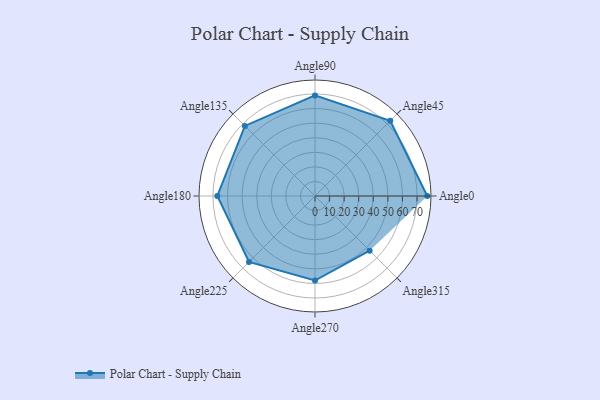
{"axis": {"x": "Angle", "y": "Radius"}, "legend": [""], "data": [{"x": "Angle0", "y": 77.0, "type": ""}, {"x": "Angle45", "y": 73.0, "type": ""}, {"x": "Angle90", "y": 69.0, "type": ""}, {"x": "Angle135", "y": 68.0, "type": ""}, {"x": "Angle180", "y": 67.0, "type": ""}, {"x": "Angle225", "y": 64.0, "type": ""}, {"x": "Angle270", "y": 58.0, "type": ""}, {"x": "Angle315", "y": 53.0, "type": ""}]}